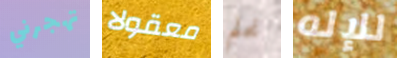
تهجرني معقولا نحلم للإله